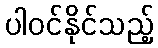
ပါဝင်နိုင်သည့်